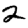
Digit: 2